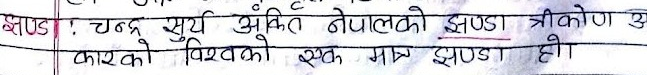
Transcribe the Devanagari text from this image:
झण्डा : चन्द्र सूर्य अंकित नेपालको झण्डा त्रीकोण उ
कारको विश्वको एक मात्र झण्डा हो।